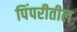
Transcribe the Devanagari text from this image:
पिंपरीतील